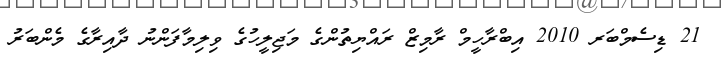
21 ޑިސެމްބަރ 2010 އިބްރާހީމް ރާމިޒް ރައްޔިތުންގެ މަޖިލީހުގެ ވިލިމާފަންނު ދާއިރާގެ މެންބަރު